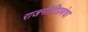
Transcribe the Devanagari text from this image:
राजनीतिप्रबंधा